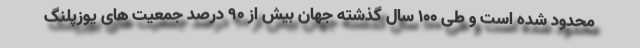
محدود شده است و طی ۱۰۰ سال گذشته جهان بیش از ۹۰ درصد جمعیت های یوزپلنگ